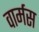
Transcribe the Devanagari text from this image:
वार्मस